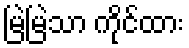
မြဲမြဲသာ ကိုင်ထား